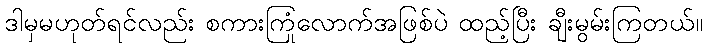
ဒါမှမဟုတ်ရင်လည်း စကားကြုံလောက်အဖြစ်ပဲ ထည့်ပြီး ချီးမွမ်းကြတယ်။